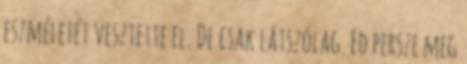
eszméletét vesztette el. De csak látszólag. Ed persze meg